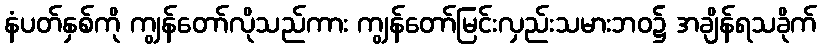
နံပတ်နှစ်ကို ကျွန်တော်လိုသည်ကား ကျွန်တော်မြင်းလှည်းသမားဘဝ၌ အချိန်ရသခိုက်